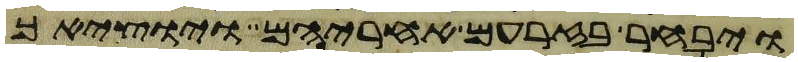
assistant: ויבחר בזרעם אחריהם ויוציאך